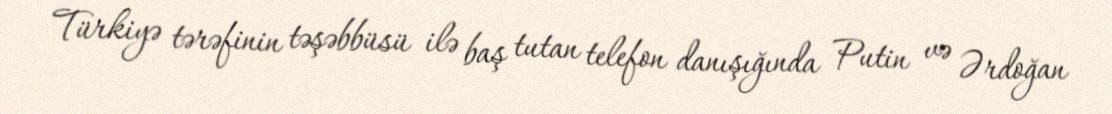
Türkiyə tərəfinin təşəbbüsü ilə baş tutan telefon danışığında Putin və Ərdoğan